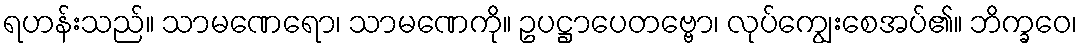
ရဟန်းသည်။ သာမဏေရော၊ သာမဏေကို။ ဥပဋ္ဌာပေတဗ္ဗော၊ လုပ်ကျွေးစေအပ်၏။ ဘိက္ခဝေ၊